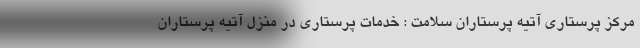
مرکز پرستاری آتیه پرستاران سلامت : خدمات پرستاری در منزل آتیه پرستاران